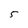
Character: 5